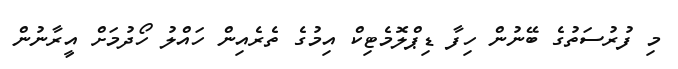
މި ފުރުސަތުގެ ބޭނުން ހިފާ ޑިޕްލޮމެޓިކް އިމުގެ ތެރެއިން ހައްލު ހޯދުމަށް އީރާނުން